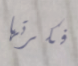
فكرتها